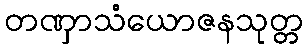
တဏှာသံယောဇနသုတ္တ